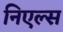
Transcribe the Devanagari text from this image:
निएल्स